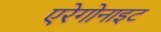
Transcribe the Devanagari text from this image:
एरेगोनाइट